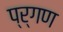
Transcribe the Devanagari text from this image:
प्र्गण